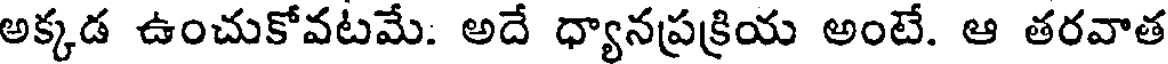
అక్కడ ఉంచుకోవటమే. అదే ధ్యానప్రక్రియ అంటే. ఆ తరవాత